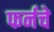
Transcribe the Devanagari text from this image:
फर्नचे